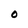
Character: O